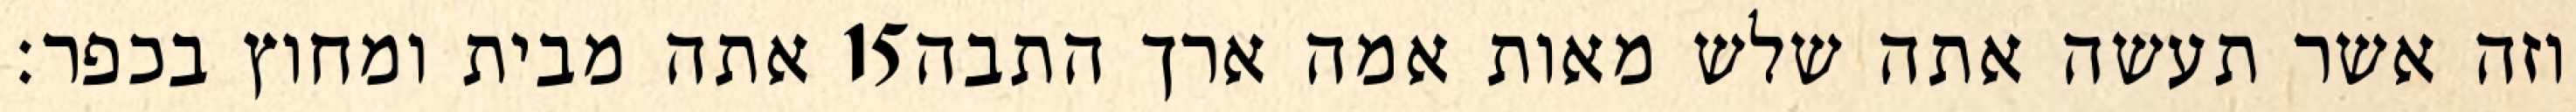
אתה מבית ומחוץ בכפר׃ ‎15‏ וזה אשר תעשה אתה שלש מאות אמה ארך התבה